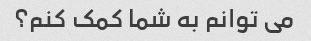
می توانم به شما کمک کنم؟